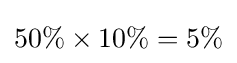
50\%\times 10\%=5\%